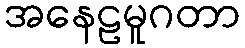
အနေဠမူဂတာ